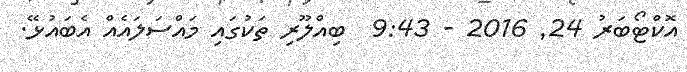
އޮކްޓޯބަރު 24